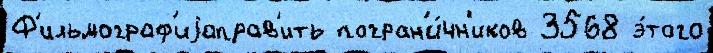
Ф'ильмограф'иjаправ'ить погран'и́чн'иков 3568 э́того